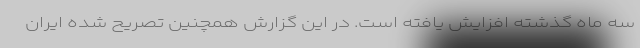
سه ماه گذشته افزایش یافته است. در این گزارش همچنین تصریح شده ایران